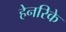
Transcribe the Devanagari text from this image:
हेनरिके